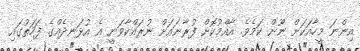
އިންނަ މީހާއަކަށް ނޫން ކަމެވެ. އާއްމުކޮށް ފުރާނައަށް ނުރައްކާވަނީ އެ އުޅަނދެއްގެ ފަހަތުގައި